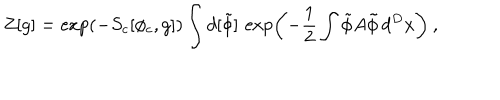
Z [ g ] = \exp ( - S _ { c } [ \phi _ { c } , g ] ) \int d [ \tilde { \phi } ] \, \exp \left( - \frac 1 2 \int \tilde { \phi } A \tilde { \phi } \, d ^ { D } x \right) \: , \nonumber